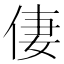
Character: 𠉯